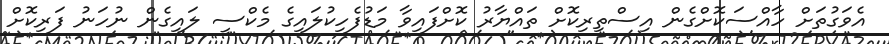
އެވަގުތަށް ހާއްސަކޮށްގެން އިސްތިރިކޮށް ތައްޔާރު ކޮށްފައިވާ މަޑުފެހިކުލައިގެ މެކްސީ ލައިގެން ނުހަނު ފަރިކޮށް